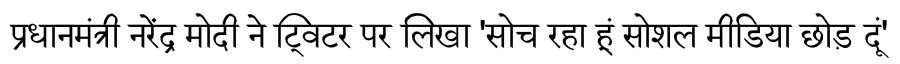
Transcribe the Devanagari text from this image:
प्रधानमंत्री नरेंद्र मोदी ने ट्विटर पर लिखा 'सोच रहा हूं सोशल मीडिया छोड़ दूं'